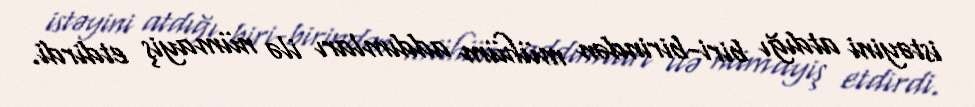
istəyini atdığı biri-birindən mühüm addımları ilə nümayiş etdirdi.